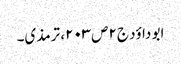
ابو داؤد ج۲ص۲۰۳، ترمذی۔